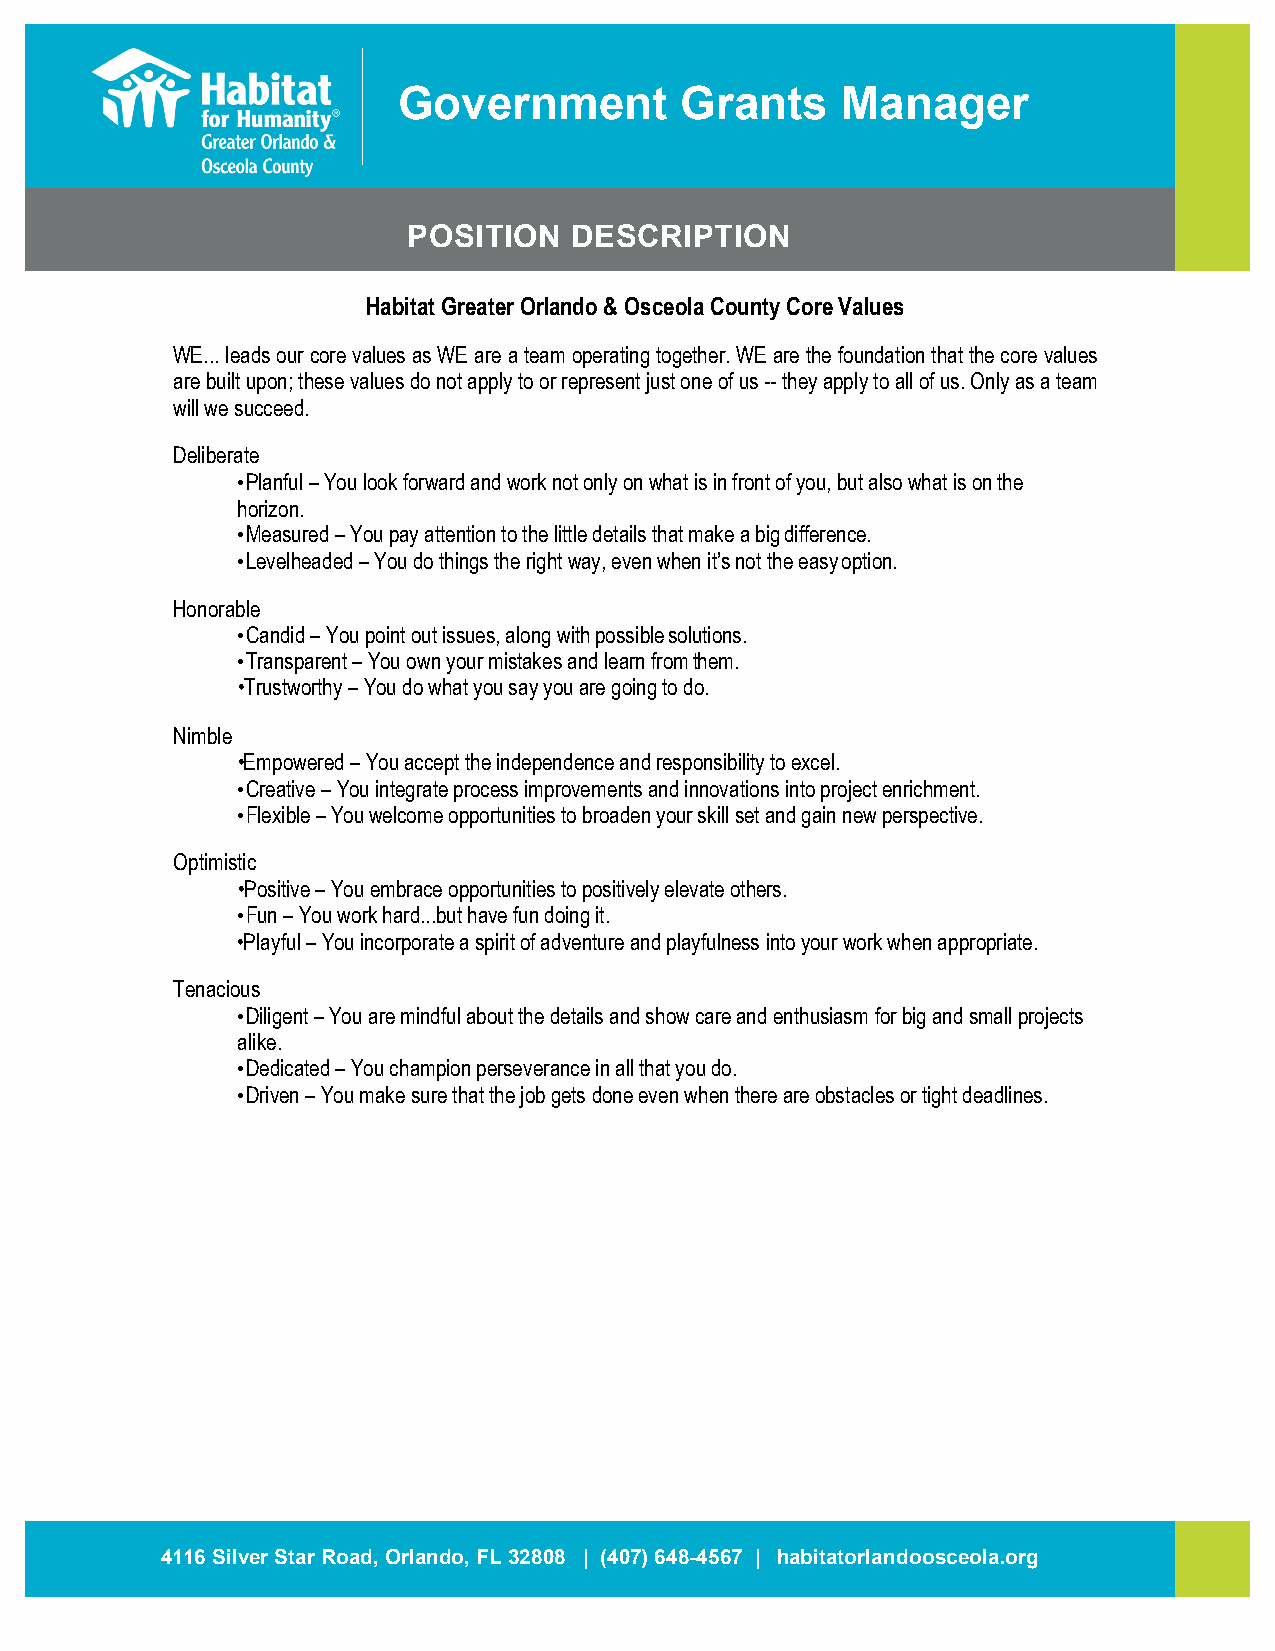
Government         Grants     Manager
 POSITION   DESCRIPTION
 Habitat Greater Orlando & Osceola County Core Values
 WE... leads our core values as WE are a team operating together. WE are the foundation that the core values
 are built upon; these values do not apply to or represent just one of us -- they apply to all of us. Only as a team
 will we succeed.
 Deliberate
 • Planful – You look forward and work not only on what is in front of you, but also what is on the
 horizon.
 • Measured – You pay attention to the little details that make a big difference.
 • Levelheaded – You do things the right way, even when it’s not the easy option.
 Honorable
 • Candid – You point out issues, along with possible solutions.
 • Transparent – You own your mistakes and learn from them.
 •Trustworthy – You do what you say you are going to do.
 Nimble
 •Empowered – You accept the independence and responsibility to excel.
 • Creative – You integrate process improvements and innovations into project enrichment.
 • Flexible – You welcome opportunities to broaden your skill set and gain new perspective.
 Optimistic
 •Positive – You embrace opportunities to positively elevate others.
 • Fun – You work hard...but have fun doing it.
 •Playful – You incorporate a spirit of adventure and playfulness into your work when appropriate.
 Tenacious
 • Diligent – You are mindful about the details and show care and enthusiasm for big and small projects
 alike.
 • Dedicated – You champion perseverance in all that you do.
 • Driven – You make sure that the job gets done even when there are obstacles or tight deadlines.
 4116 Silver Star Road, Orlando, FL 32808 | (407) 648-4567 | habitatorlandoosceola.org